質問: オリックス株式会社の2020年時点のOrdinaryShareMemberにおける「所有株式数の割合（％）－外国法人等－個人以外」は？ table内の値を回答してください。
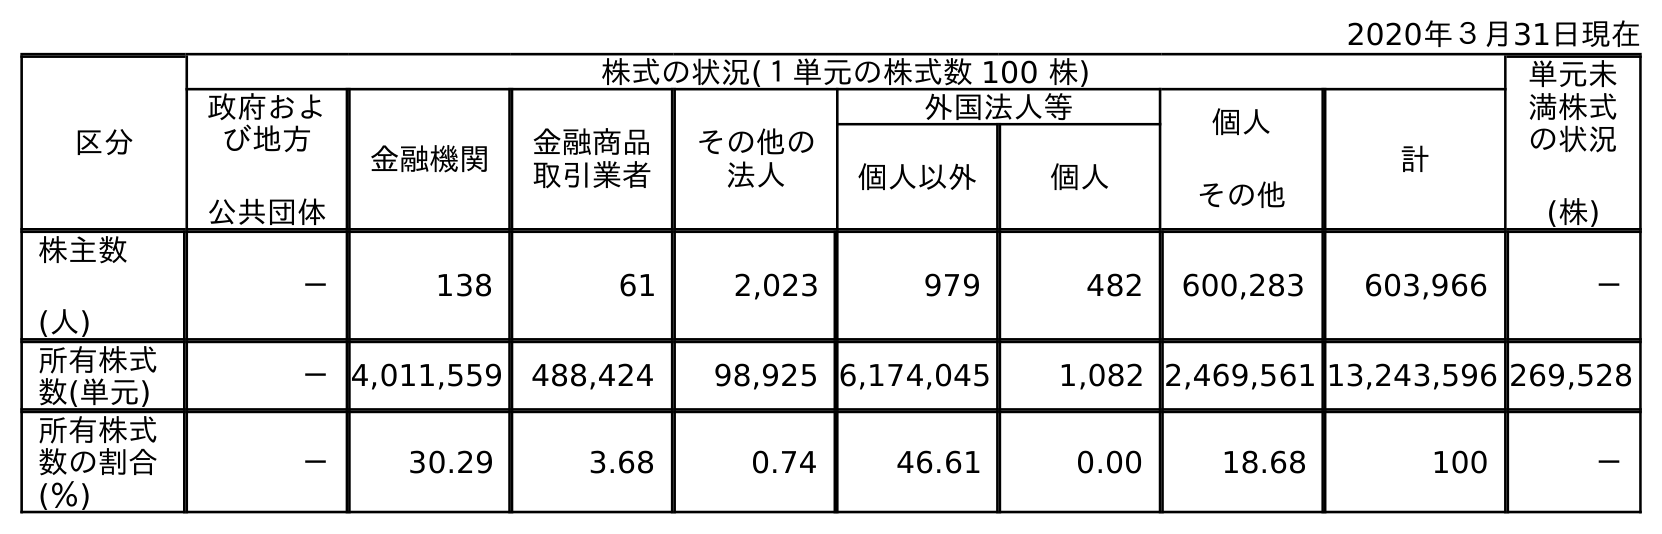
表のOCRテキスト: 2020年３月31日現在 区分 株式の状況(１単元の株式数 100 株) 単元未 満株式 の状況 (株) 政府およ び地方 公共団体 金融機関 金融商品 取引業者 その他の 法人 外国法人等 個人 その他 計 個人以外 個人 株主数 (人) － 138 61 2,023 979 482 600,283 603,966 － 所有株式 数(単元) －4,011,559 488,424 98,925 6,174,045 1,082 2,469,561 13,243,596 269,528 所有株式 数の割合 (％) － 30.29 3.68 0.74 46.61 0.00 18.68 100 －
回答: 46.61